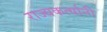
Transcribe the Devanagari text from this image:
राज्यकर्त्यानी